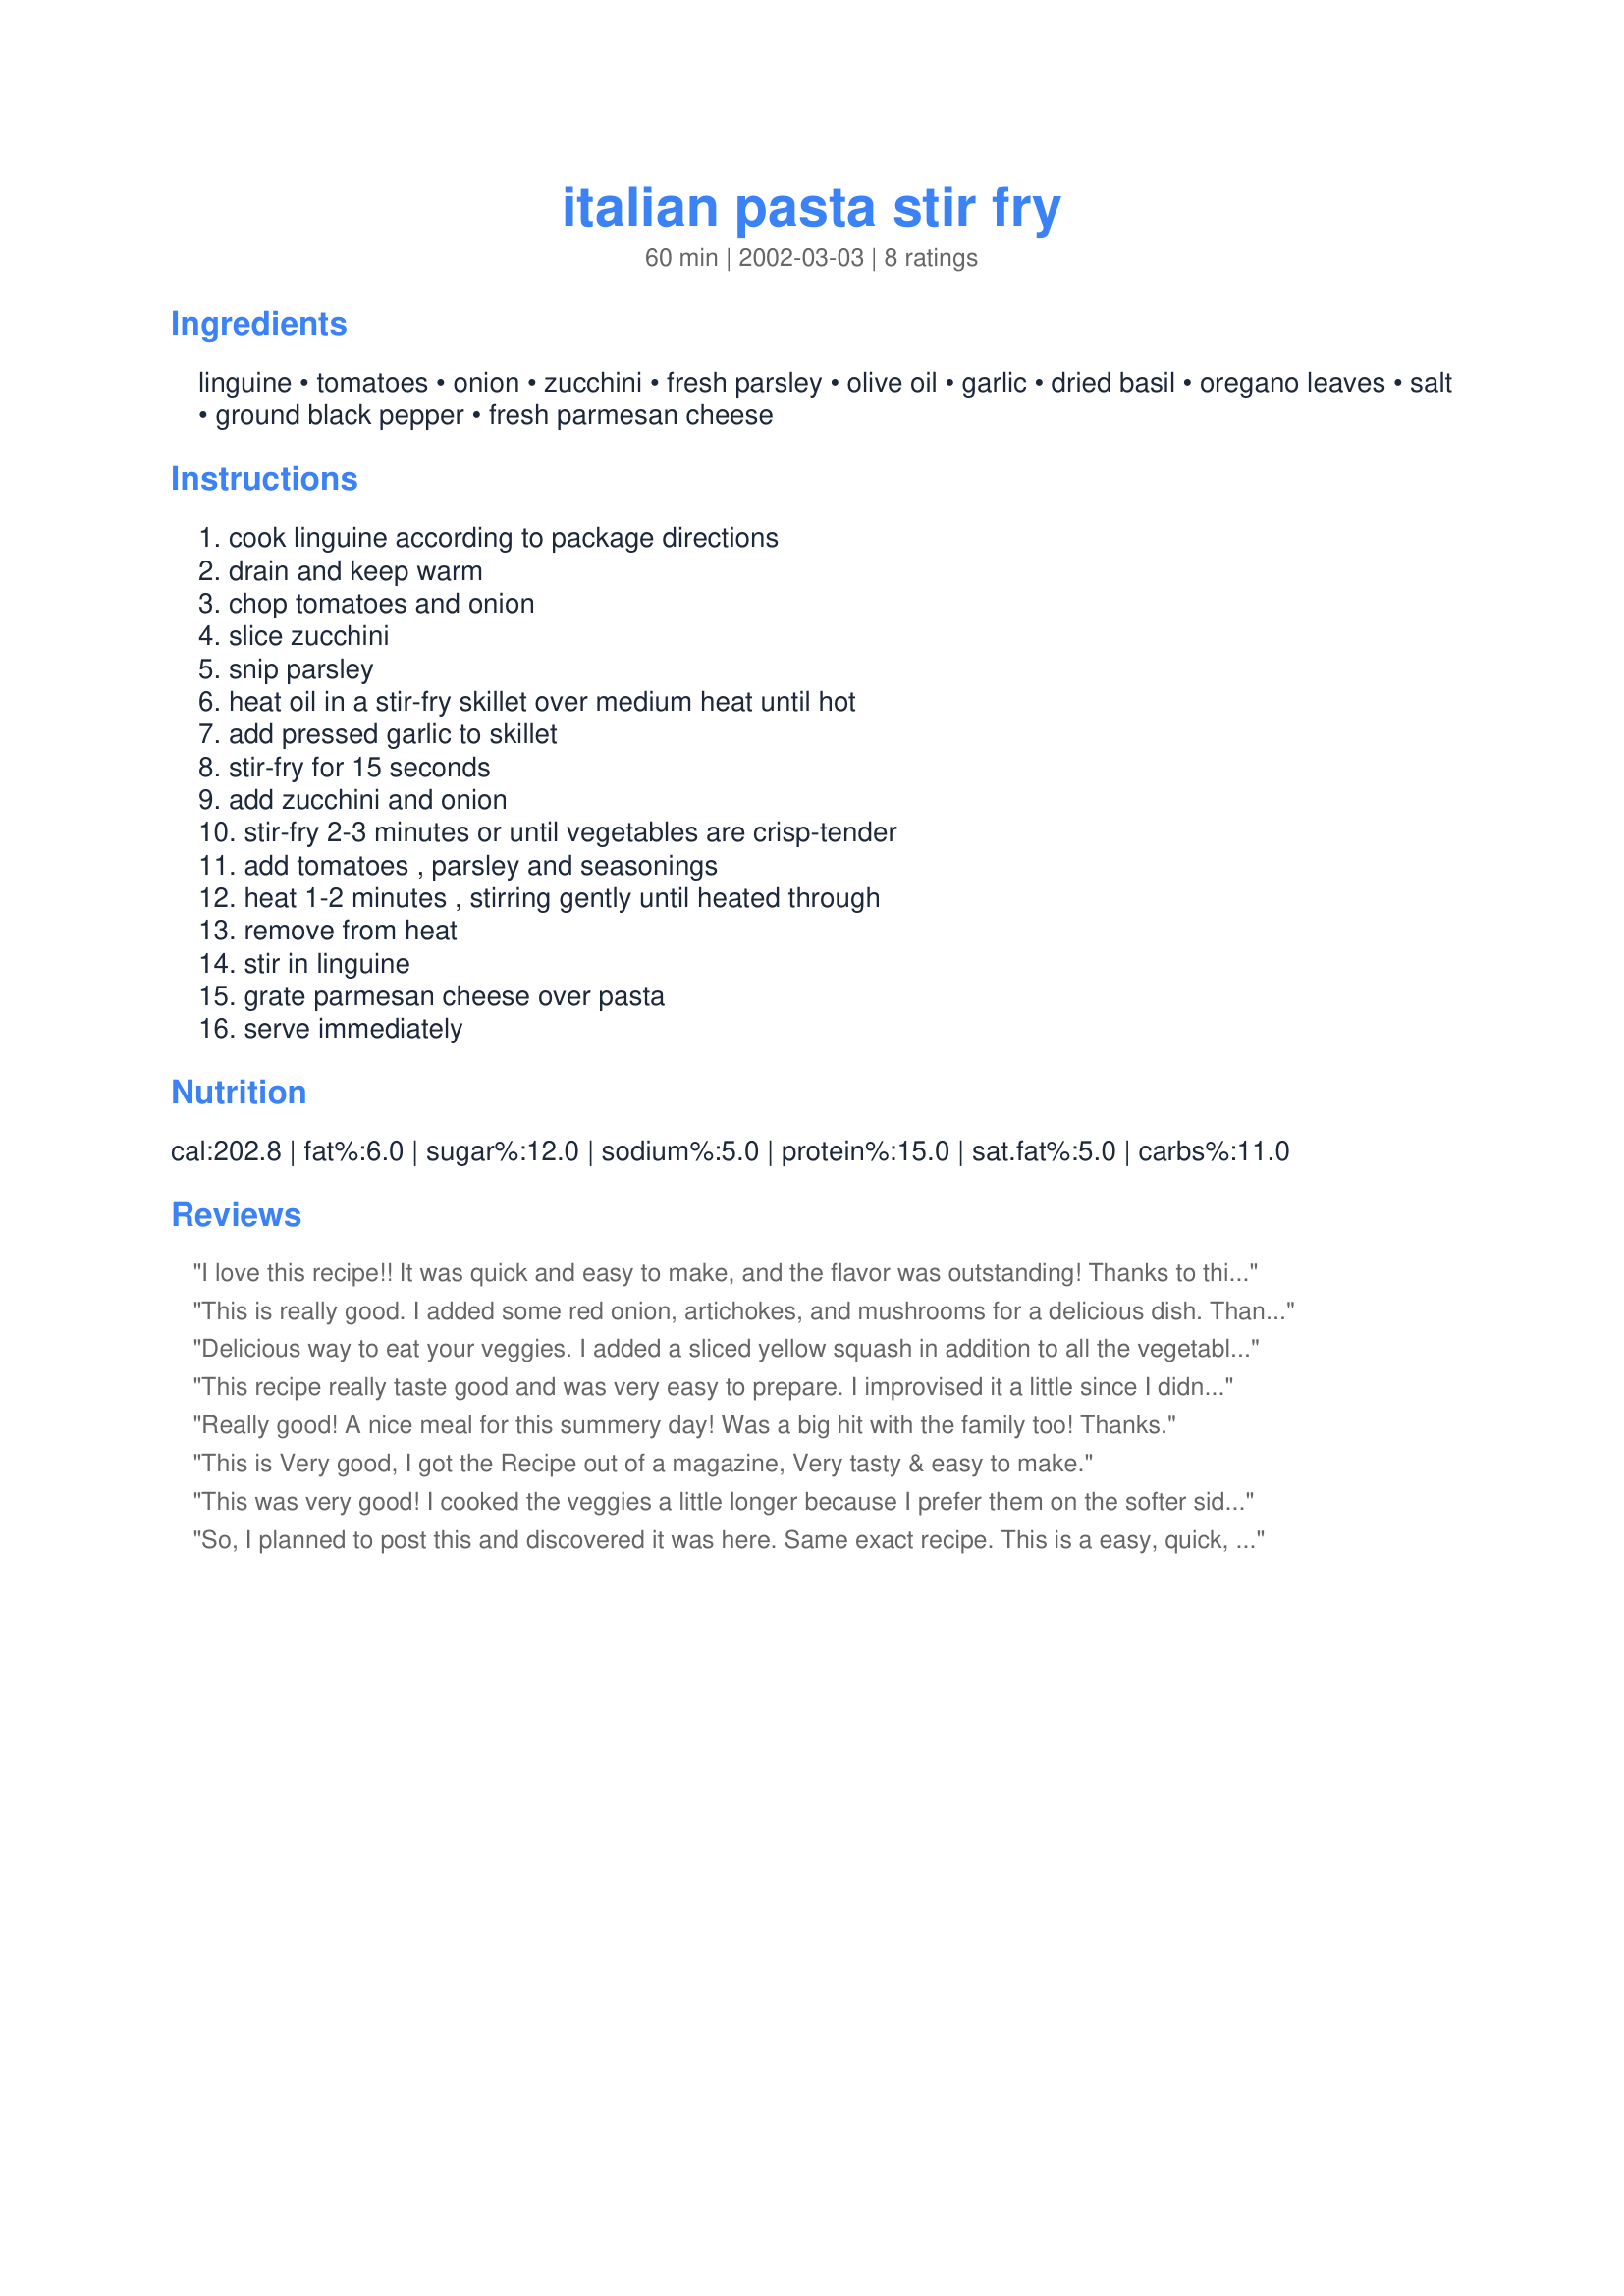
italian pasta stir fry
Preparation time: 60 minutes

Ingredients:
linguine, tomatoes, onion, zucchini, fresh parsley, olive oil, garlic, dried basil, oregano leaves, salt, ground black pepper, fresh parmesan cheese

Steps:
cook linguine according to package directions, drain and keep warm, chop tomatoes and onion, slice zucchini, snip parsley, heat oil in a stir-fry skillet over medium heat until hot, add pressed garlic to skillet, stir-fry for 15 seconds, add zucchini and onion, stir-fry 2-3 minutes or until vegetables are crisp-tender, add tomatoes , parsley and seasonings, heat 1-2 minutes , stirring gently until heated through, remove from heat, stir in linguine, grate parmesan cheese over pasta, serve immediately

Reviews:
I love this recipe!! It was quick and easy to make, and the flavor was outstanding! Thanks to this awesome dinner, I now like tomatoes!
This is really good. I added some red onion, artichokes, and mushrooms for a delicious dish. Thanks Gingerbear for a great keeper. Made for Zaar Chef Alphabet Soup Tag.
Delicious way to eat your veggies. I added a sliced yellow squash in addition to all the vegetables already in this. I also didn't bother to seed the tomatoes, the extra moistness from the seeds was not an problem in this recipe.
This recipe really taste good and was very easy to prepare. I improvised it a little since I didn't have some of the ingredients. used fresh marjoram, fresh basil and a dash of dried italian seasoning. I also used Rotini pasta instead of Linguine. I threw in the pasta while the pan was still on the stove and added some itialin dressing to give more flavor. I actually forgot to add the Parmesan but my husband and I enjoyed it. Thank You Gingerbear!
Really good! A nice meal for this summery day! Was a big hit with the family too! Thanks.
This is Very good, I got the Recipe out of a magazine, Very tasty & easy to make.
This was very good! I cooked the veggies a little longer because I prefer them on the softer side. I also added another clove of garlic (I'm a big garlic-lover). Tested it out on my boyfriend last night and he loved it too! I will defintely be making this again! Thank you! :)
So, I planned to post this and discovered it was here. Same exact recipe. This is a easy, quick, recipe especially for the summer. I've been using this for a long time, and it's really good. I've also grilled chicken, sliced it and tossed it all together at the last minute for a one dish meal. Enjoy!
